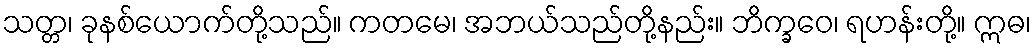
သတ္တ၊ ခုနစ်ယောက်တို့သည်။ ကတမေ၊ အဘယ်သည်တို့နည်း။ ဘိက္ခဝေ၊ ရဟန်းတို့။ ဣဓ၊